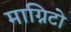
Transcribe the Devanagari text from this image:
माग्निटो